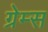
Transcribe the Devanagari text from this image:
ग्रेम्स